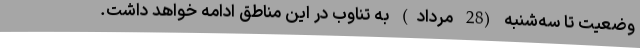
وضعیت تا سه‌شنبه (28 مرداد) به تناوب در این مناطق ادامه خواهد داشت.